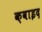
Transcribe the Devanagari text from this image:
क़वाइद